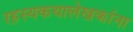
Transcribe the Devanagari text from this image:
रहस्यकथालेखकांना